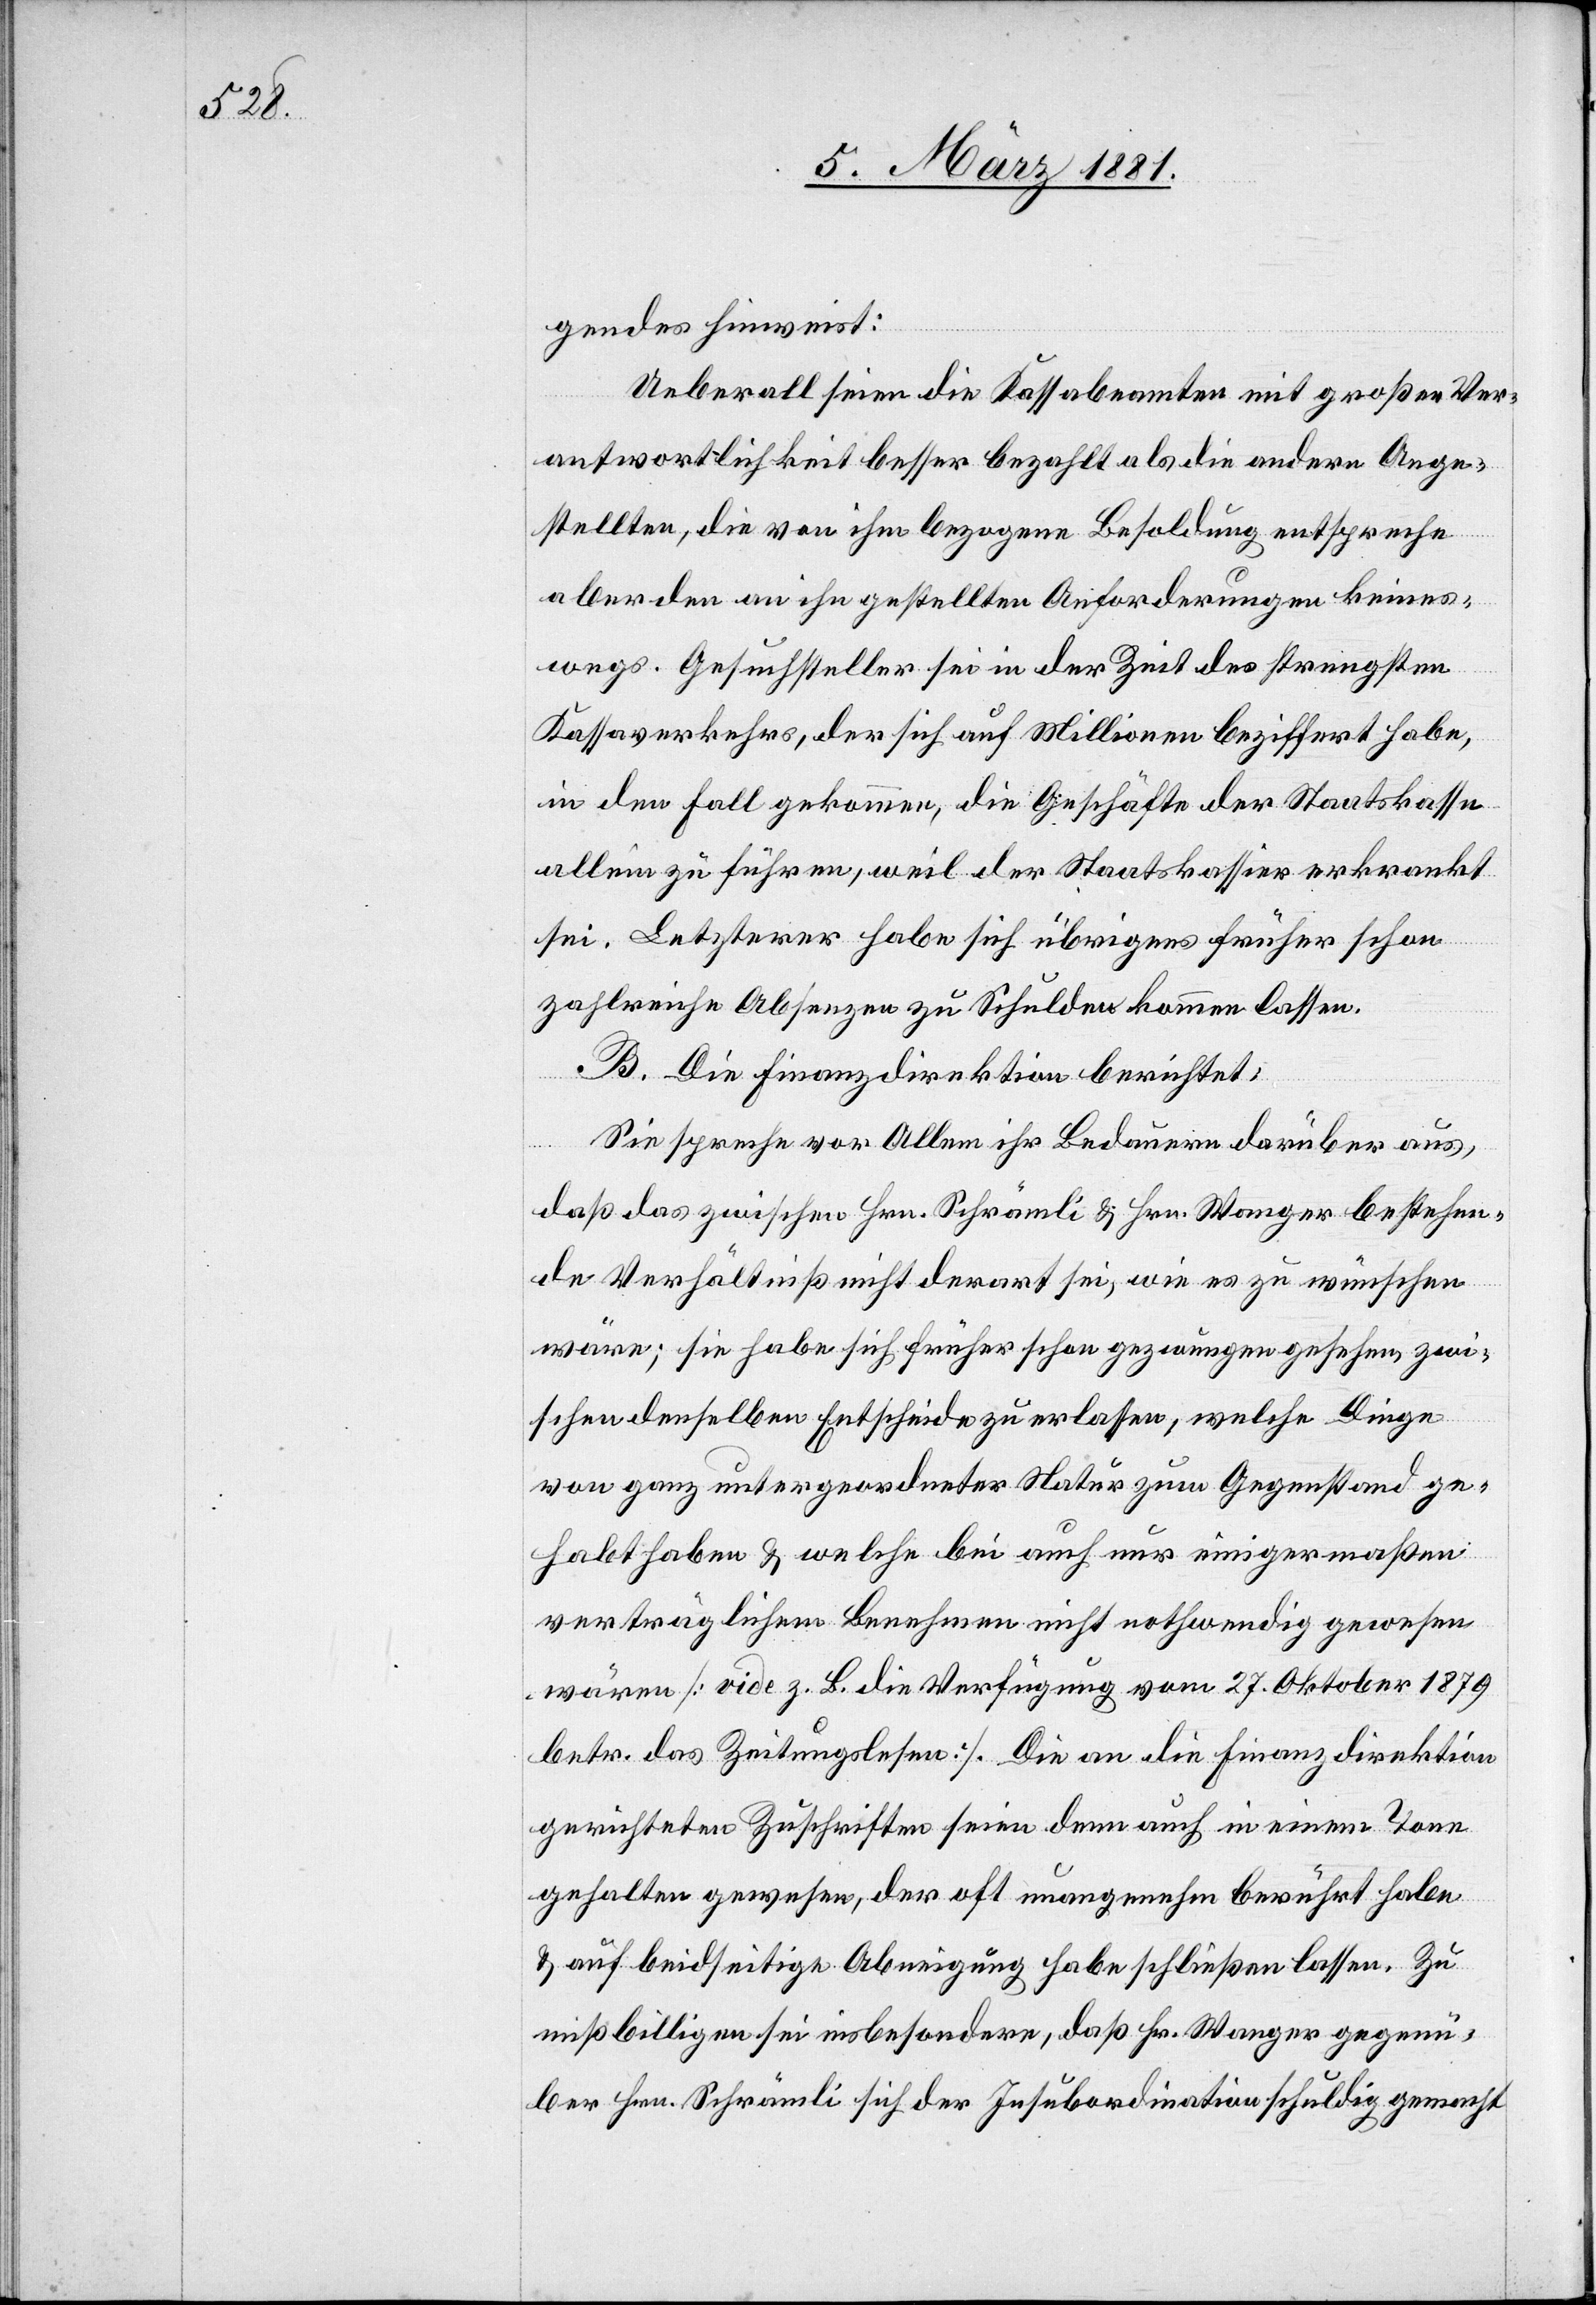
gendes hinweist:
Ueberall seien die Kassabeamten mit großer Ver¬
antwortlichkeit besser bezahlt als die andern Ange¬
stellten, die von ihm bezogene Besoldung entspreche
aber den an ihn gestellten Anforderungen keines¬
wegs. Gesuchsteller sei in der Zeit des strengsten
Kassaverkehrs, der sich auf Millionen beziffert habe,
in den Fall gekommen, die Geschäfte der Staatskasse
allein zu führen, weil der Staatskassier erkrankt
sei. Letzterer habe sich übrigens früher schon
zahlreiche Absenzen zu Schulden kommen lassen.
B. Die Finanzdirektion berichtet:
Sie spreche vor Allem ihr Bedauern darüber aus,
daß das zwischen Hrn. Schrämli & Hrn. Wanger bestehen¬
de Verhältniß nicht derart sei, wie es zu wünschen
wäre; sie habe sich früher schon gezwungen gesehen zwi¬
schen denselben Entscheide zu erlassen, welche Dinge
von ganz untergeordneter Natur zum Gegenstand ge¬
habt habe & welche bei auch nur einigermaßen
verträglichen Benehmen nicht nothwendig gewesen
wären [vide z. B. die Verfügung vom 27. Oktober 1879
betr. das Zeitungslesen]. Die an die Finanzdirektion
gerichteten Zuschriften seien denn auch in einem Tone
gehalten gewesen, der oft unangenehm berührt habe
& auf beidseitige Abneigung habe schließen lassen. Zu
mißbilligen sei insbesondere, daß Hr. Wanger gegenü¬
ber Hrn. Schrämli sich der Insubordination schuldig gemacht